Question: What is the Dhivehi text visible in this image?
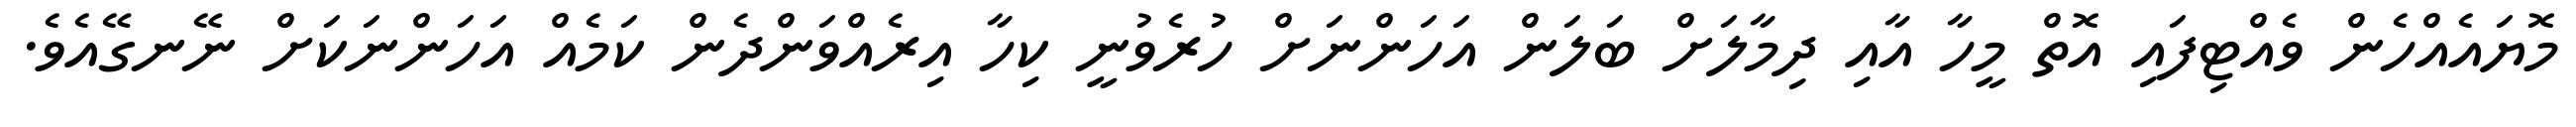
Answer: މޮޔައެއްހެން ވެއްޓިފައި އޮތް މީހާ އާއި ދިމާލަށް ބަލަން އަހަންނަށް ހުރެވުނީ ކިހާ އިރެއްވަންދެން ކަމެއް އަހަންނަކަށް ނޭނގޭއެވެ.